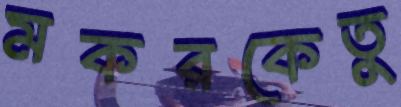
মকরকেতুু